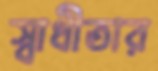
স্বাধীতার